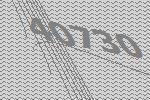
40730